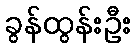
ခွန်ထွန်းဦး